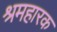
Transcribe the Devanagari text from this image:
श्रमहारक